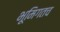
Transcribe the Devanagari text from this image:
भूमिगतच